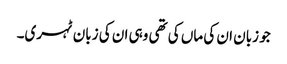
جو زبان ان کی ماں کی تھی وہی ان کی زبان ٹہری۔